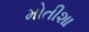
મોતીશા